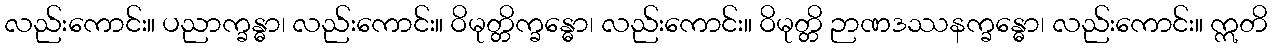
လည်းကောင်း။ ပညာက္ခန္ဓာ၊ လည်းကောင်း။ ဝိမုတ္တိက္ခန္ဓော၊ လည်းကောင်း။ ဝိမုတ္တိ ဉာဏဒဿနက္ခန္ဓော၊ လည်းကောင်း။ ဣတိ